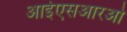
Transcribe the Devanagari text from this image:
आईएसआरओ